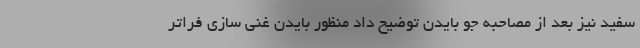
سفید نیز بعد از مصاحبه جو بایدن توضیح داد منظور بایدن غنی سازی فراتر